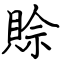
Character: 賒